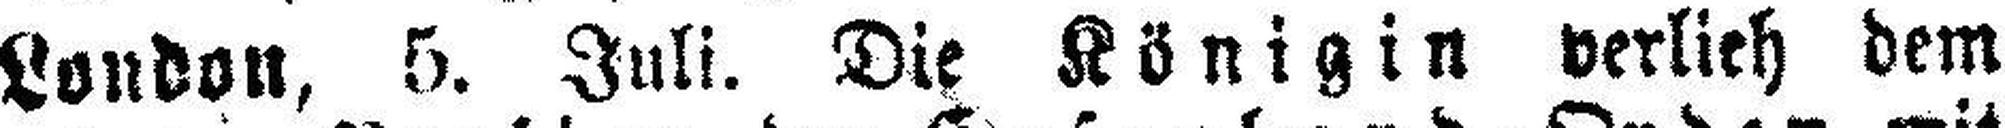
London, 5. Juli. Die Königin verlieh dem